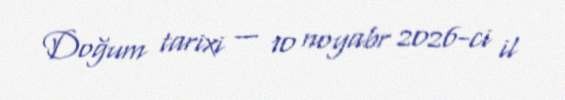
Doğum tarixi — 10 noyabr 2026-ci il